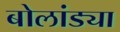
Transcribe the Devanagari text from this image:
बोलांड्या